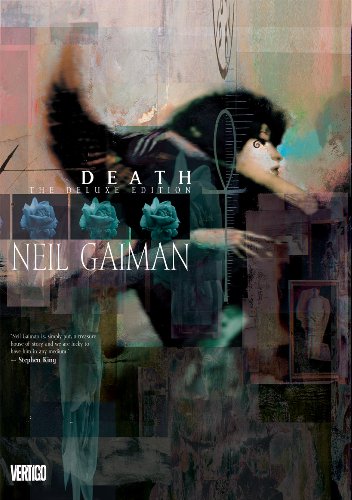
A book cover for DEATH Deluxe Edition; Neil Gaiman; Comics & Graphic Novels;